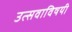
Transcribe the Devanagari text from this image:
उत्सवाविषयी